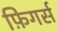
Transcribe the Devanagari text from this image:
फ़िगर्स